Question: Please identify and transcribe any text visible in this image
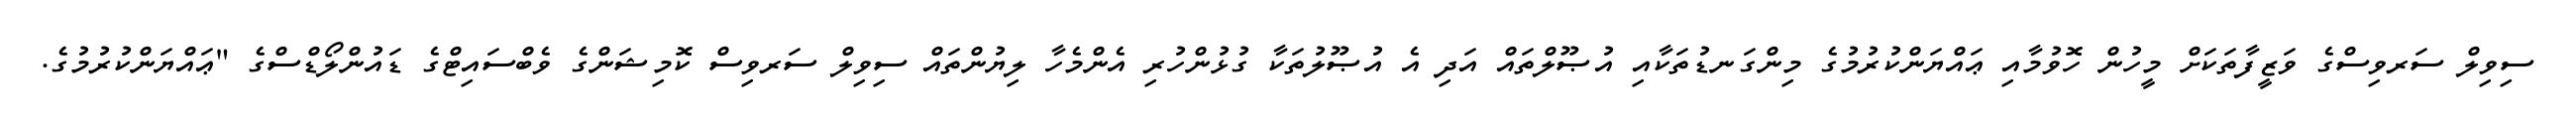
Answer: ސިވިލް ސަރވިސްގެ ވަޒީފާތަކަށް މީހުން ހޮވުމާއި ޢައްޔަންކުރުމުގެ މިންގަނޑުތަކާއި އުޞޫލްތައް އަދި އެ އުޞޫލުތަކާ ގުޅުންހުރި އެންމެހާ ލިޔުންތައް ސިވިލް ސަރވިސް ކޮމިޝަންގެ ވެބްސައިޓްގެ ޑައުންލޯޑްސްގެ "ޢައްޔަންކުރުމުގެ.